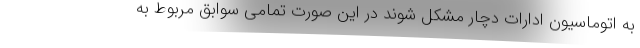
به اتوماسیون ادارات دچار مشکل شوند در این صورت تمامی سوابق مربوط به